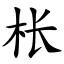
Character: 枨